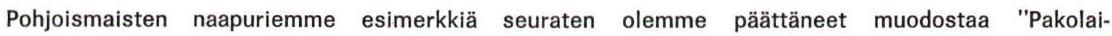
Pohjoismaisten naapuriemme esimerkkiä seuraten olemme päättäneet muodostaa "Pakolai-